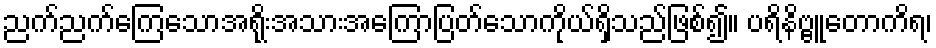
ညက်ညက်ကြေသောအရိုးအသားအကြောပြတ်သောကိုယ်ရှိသည်ဖြစ်၍။ ပရိနိဗ္ဗူတောကိရ၊